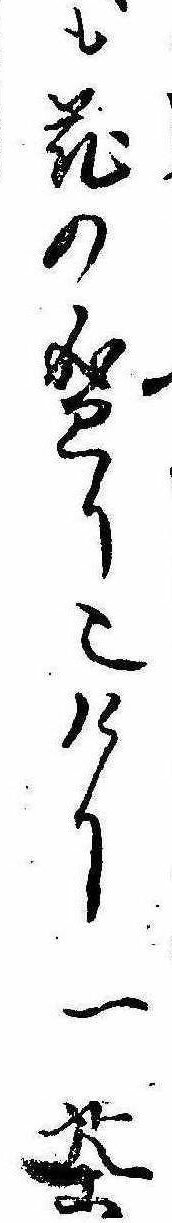
も花の盛り也けり一茶